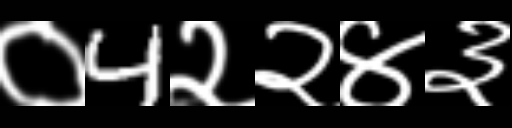
Text: ०4२२४३